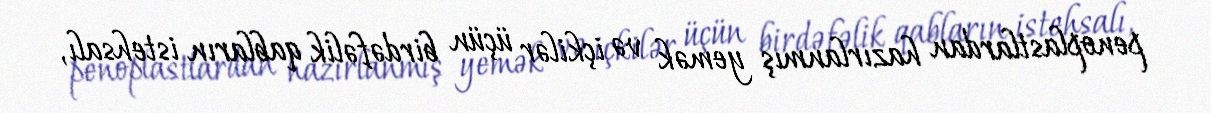
penoplastlardan hazırlanmış yemək və içkilər üçün birdəfəlik qabların istehsalı,